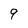
Character: 9